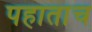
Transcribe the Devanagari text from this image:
पहातांच